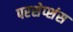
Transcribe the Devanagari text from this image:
परसेप्शंस